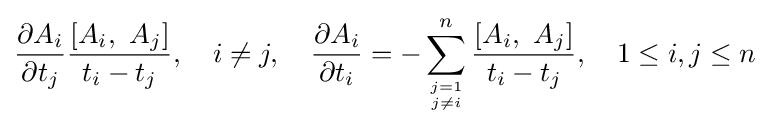
\displaystyle {\partial A_{i} \over \partial t_{j}}{\left[A_{i},\ A_{j}\right] \over t_{i}-t_{j}},\quad i\neq j,\quad {\partial A_{i} \over \partial t_{i}}=-\sum _{j=1 \atop j\neq i}^{n}{\left[A_{i},\ A_{j}\right] \over t_{i}-t_{j}},\quad 1\leq i,j\leq n